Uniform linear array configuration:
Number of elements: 24
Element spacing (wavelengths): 1
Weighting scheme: kaiser
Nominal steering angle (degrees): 45
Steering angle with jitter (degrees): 45.262
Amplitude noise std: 0.05
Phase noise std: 0.05

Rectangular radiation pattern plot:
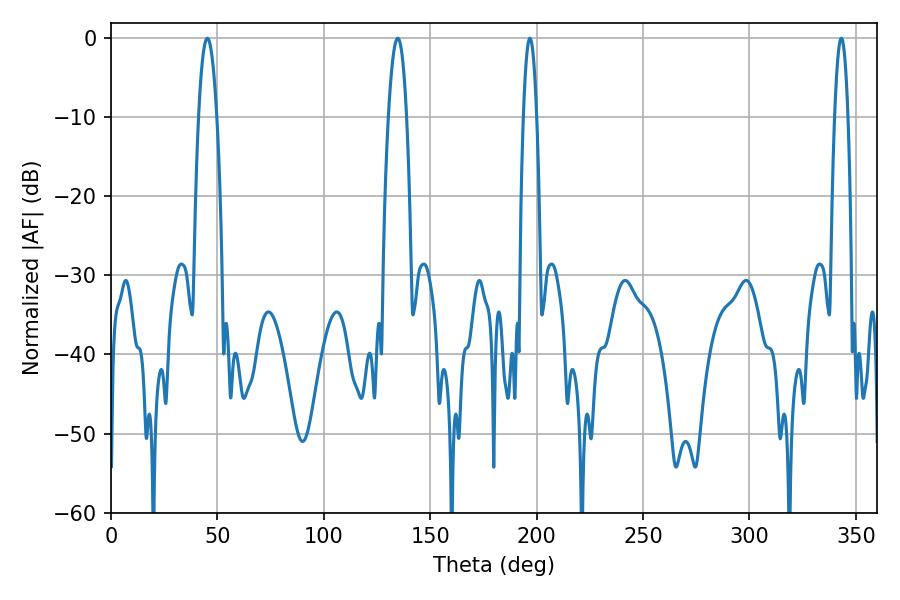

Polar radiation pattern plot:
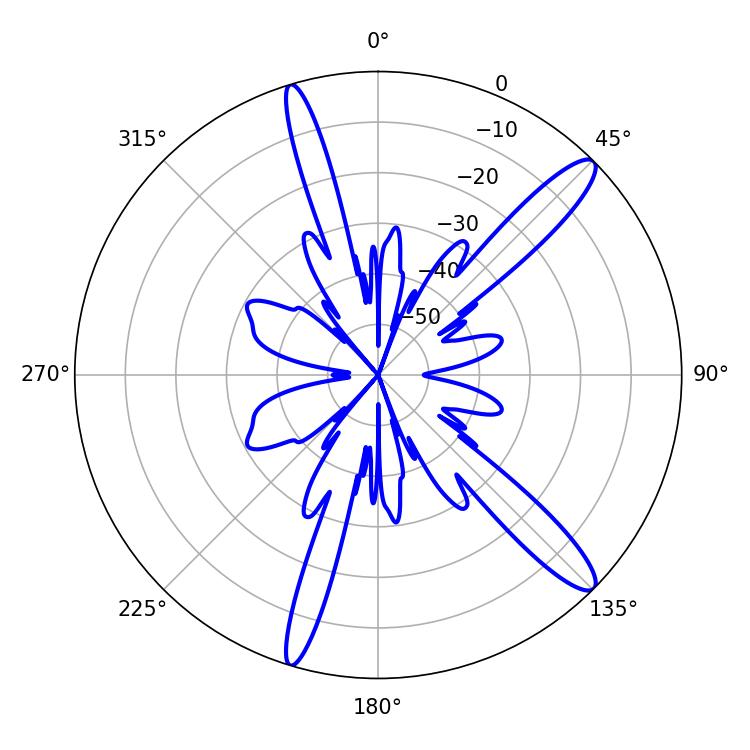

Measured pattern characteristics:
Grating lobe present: TRUE
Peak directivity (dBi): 13.53
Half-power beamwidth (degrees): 4.68
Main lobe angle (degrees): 45.18